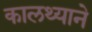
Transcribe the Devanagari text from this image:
कालथ्याने